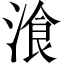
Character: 湌